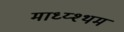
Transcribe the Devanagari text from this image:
माध्य्श्थम